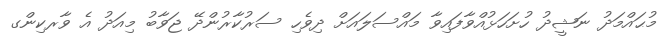
މުޙައްމަދު ނަޝީދު ހުށަހަޅުއްވާފައިވާ މައްސަލައަށް ދިވެހި ސަރުކާރުންދޭ ޖަވާބު މިއަދު އެ ވާރކިންގ